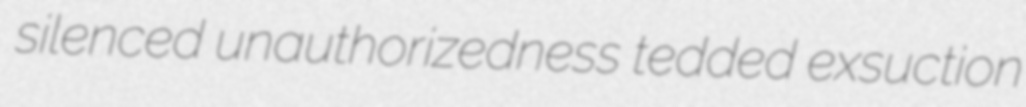
silenced unauthorizedness tedded exsuction